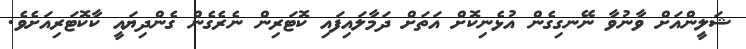
ޝަލީންއަށް ވާނުވާ ނޭނގިގެން އުޅެނިކޮށް އަތަށް ދަމާލައިފައި ކޮޓަރިން ނެރެގެން ގެންދިޔައީ ކާކޮޓަރިއަށެވެ.